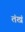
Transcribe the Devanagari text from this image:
तंखं